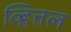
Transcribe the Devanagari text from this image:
व्हित्तल